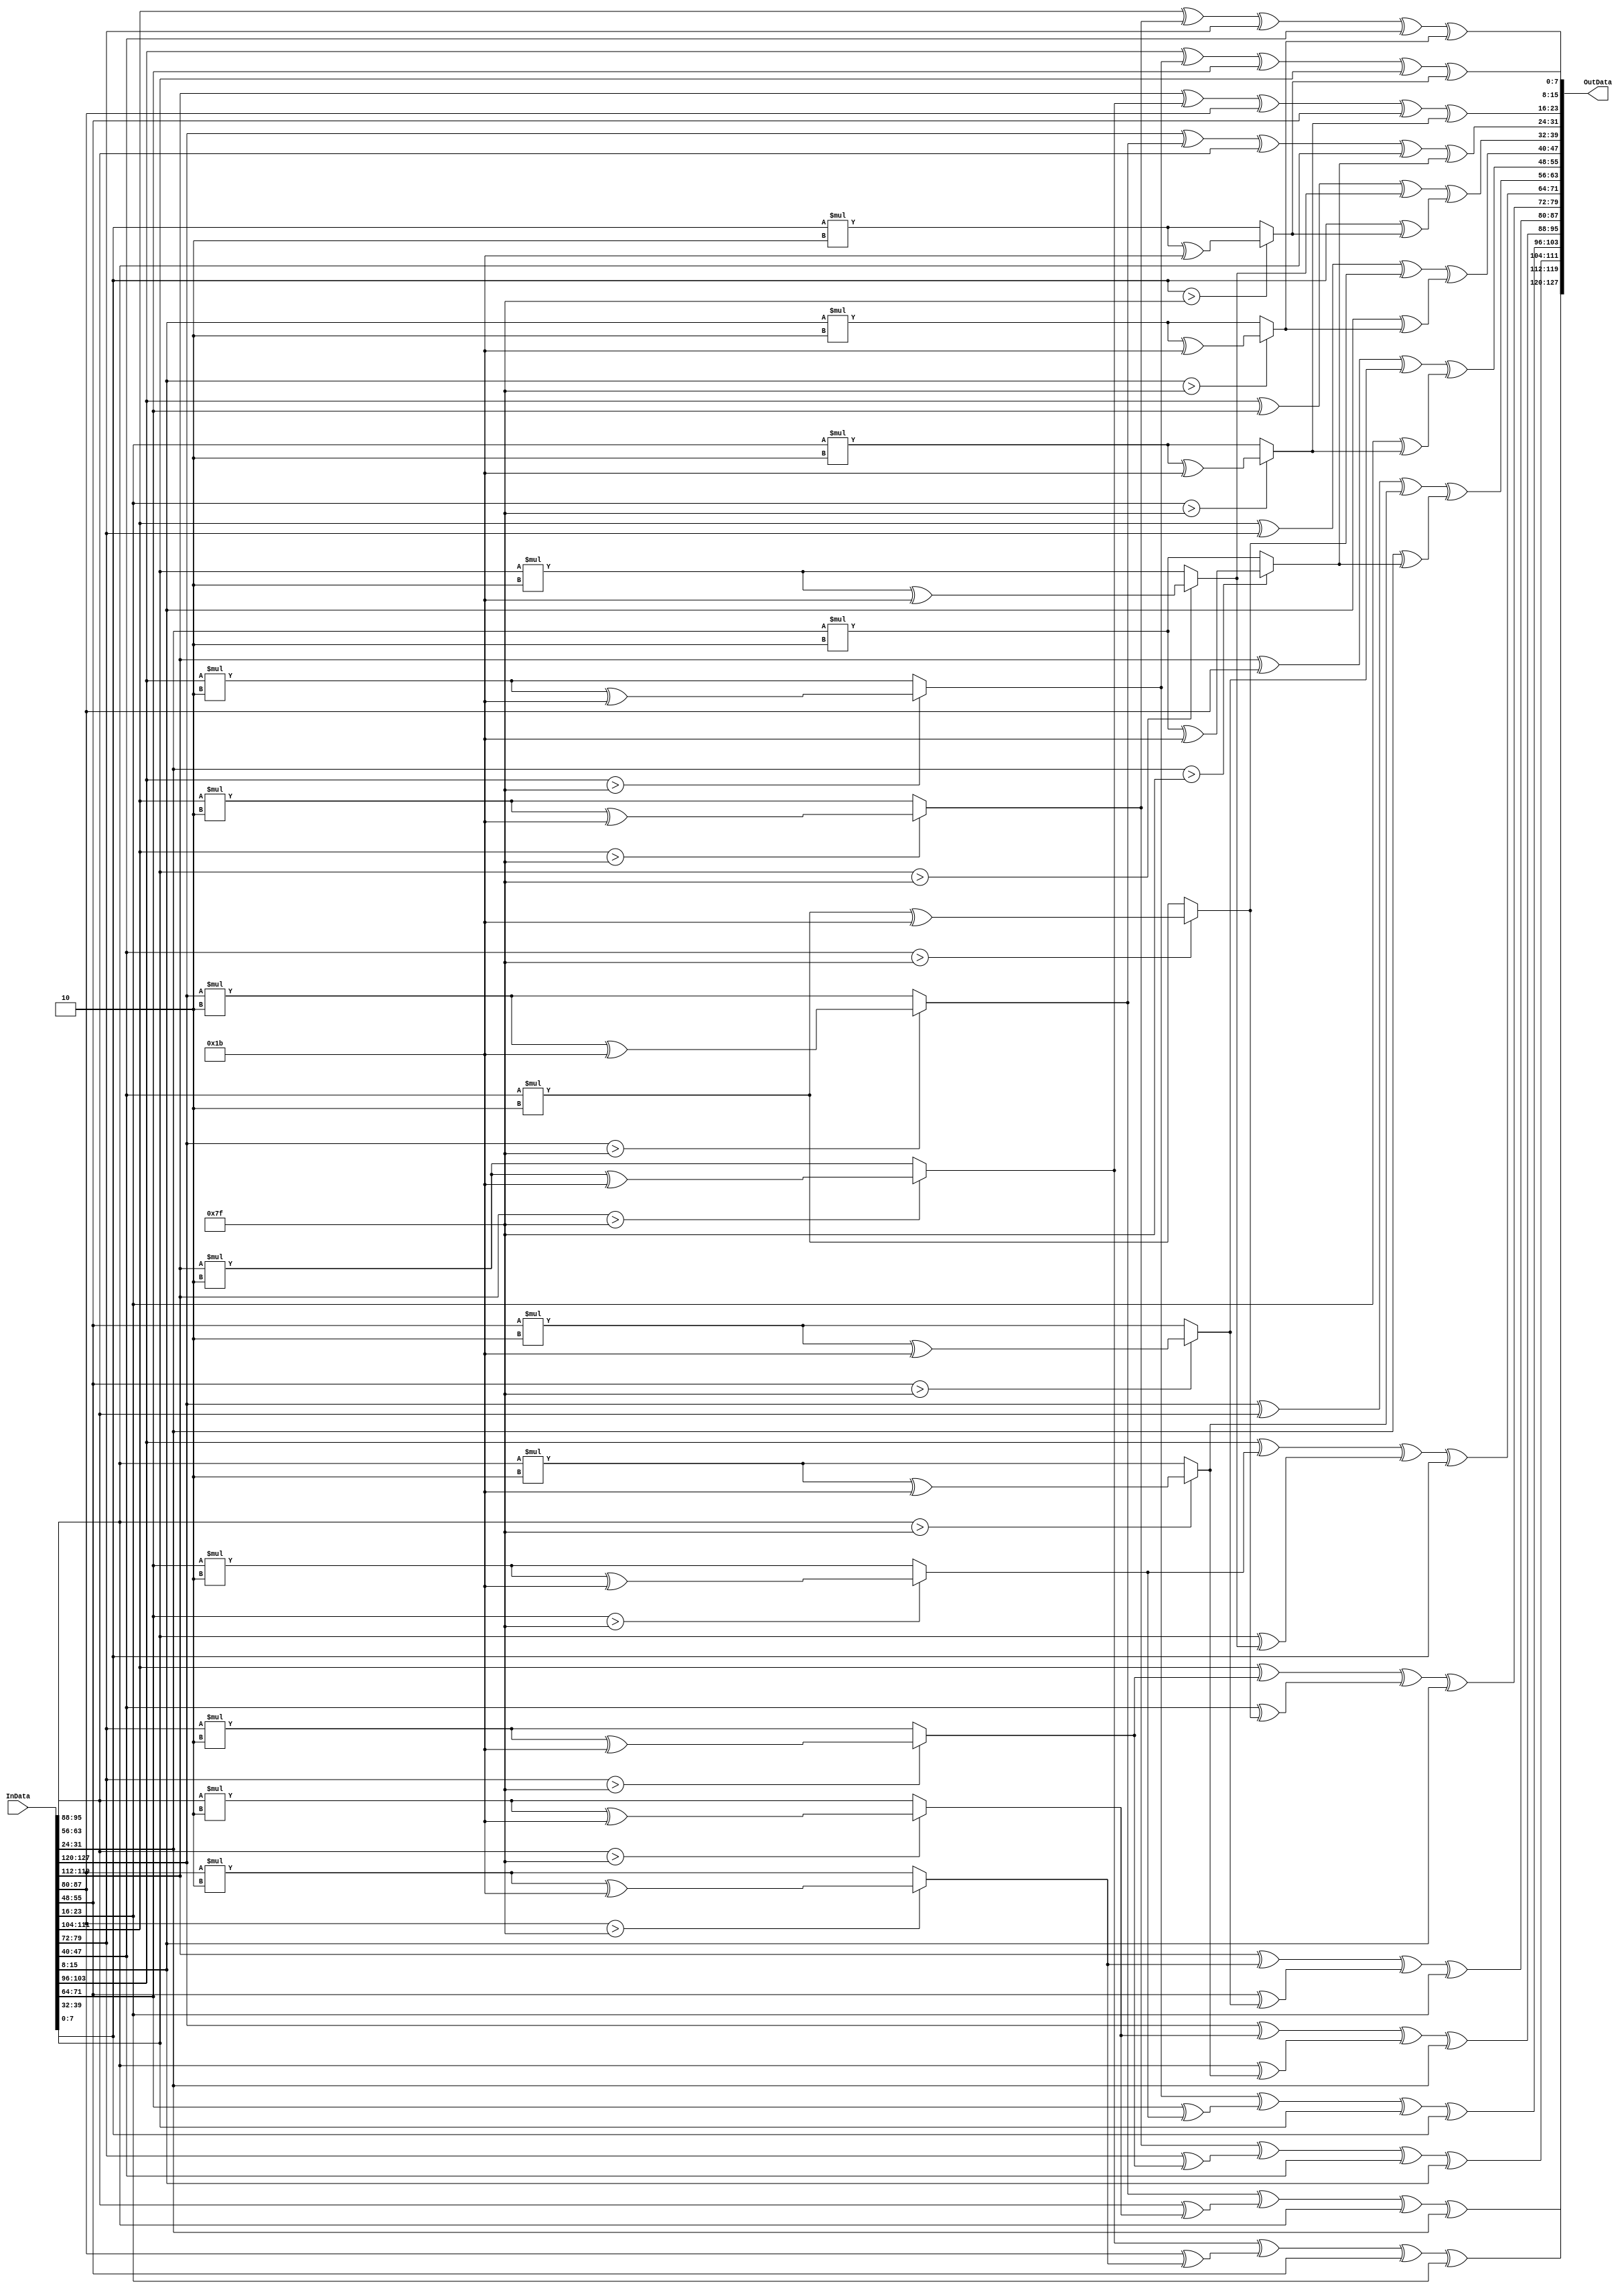
module MixColumns 
(
  InData,
  OutData,
);

input [127:0] InData;
output[127:0] OutData;

function [7:0] m2;
  input[7:0]data;
  begin
    if(data>127)
    m2 = (data*2) ^ 8'b00011011;
    else
    m2 = data * 2;
  end
endfunction

function [7:0] m3;
  input[7:0]data;
  begin
    m3 = data ^ m2(data);
  end
endfunction

genvar i;
generate
  for(i=127;i>102;i=i-8)
  begin
  assign OutData[i:i-7]=m2(InData[i:i-7])^m3(InData[i-32:i-39])^(InData[i-64:i-71])^(InData[i-96:i-103]);
  assign OutData[i-32:i-39]=(InData[i:i-7])^m2(InData[i-32:i-39])^m3(InData[i-64:i-71])^(InData[i-96:i-103]);
  assign OutData[i-64:i-71]=(InData[i:i-7])^(InData[i-32:i-39])^m2(InData[i-64:i-71])^m3(InData[i-96:i-103]);
  assign OutData[i-96:i-103]=m3(InData[i:i-7])^(InData[i-32:i-39])^(InData[i-64:i-71])^m2(InData[i-96:i-103]);
  end
endgenerate













endmodule